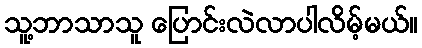
သူ့ဘာသာသူ ပြောင်းလဲလာပါလိမ့်မယ်။